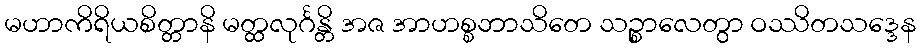
မဟာကိရိယစိတ္တာနိ မတ္ထလုင်္ဂန္တိ အဇ အာဟစ္စဘာသိတေ သဉ္စာလေတွာ ဝဿိတသဒ္ဒေန